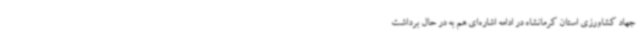
جهاد کشاورزی استان کرمانشاه در ادامه اشاره‌ای هم به در حال برداشت